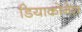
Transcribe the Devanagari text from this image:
डियाकोनेस